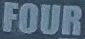
FOUR